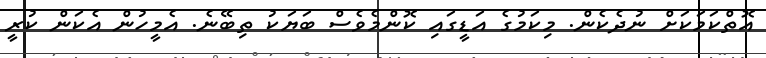
އޮތްކަމަކަށް ނުދެކެން. މިކަމުގެ އަޑީގައި ކޮންމެވެސް ބަޔަކު ތިބޭނެ. އެމީހުން އެކަން ކުރީ